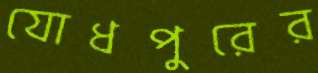
যোধপুরের